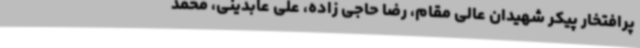
پرافتخار پیکر شهیدان عالی مقام، رضا حاجی زاده، علی عابدینی، محمد